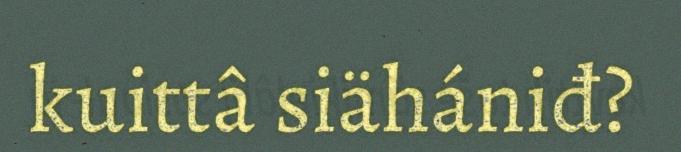
kuittâ siähániđ?